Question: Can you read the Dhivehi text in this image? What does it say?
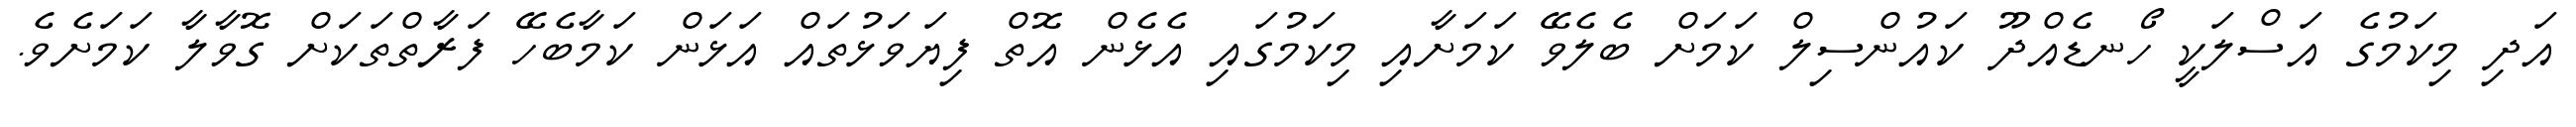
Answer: އަދި މިކަމުގެ އަސްލަކީ ހޯނޑެއްދޫ ކައުންސިލް ކަމަށް ބެލެވޭ ކަމަށާއި މިކަމުގައި އެޅެން އޮތް ފިޔަވަޅުތައް އަޅަން ކަމާބެހޭ ފަރާތްތަކަށް ގޮވާލާ ކަމަށެވެ.